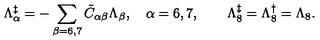
\Lambda _ { \alpha } ^ { \ddagger } = - \sum _ { \beta = 6 , 7 } \tilde { C } _ { \alpha \beta } \Lambda _ { \beta } , \quad \alpha = 6 , 7 , \quad \quad \Lambda _ { 8 } ^ { \ddagger } = \Lambda _ { 8 } ^ { \dagger } = \Lambda _ { 8 } .